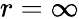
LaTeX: r=\infty